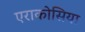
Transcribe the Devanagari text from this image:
एराकोसिया